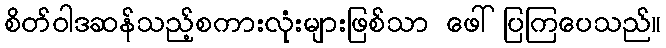
စိတ်ဝါဒဆန်သည့်စကားလုံးများဖြစ်သာ ဖေါ်ပြကြပေသည်။